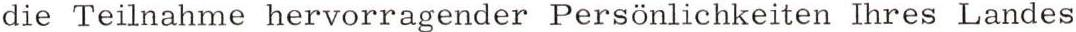
die Teilnahme hervorragender Persönlichkeiten Ihres Landes